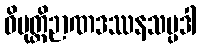
ဝိမုတ္တိဉာဏဒဿနသမ္ပဒါ